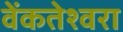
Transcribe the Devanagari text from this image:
वेंकतेश्वरा